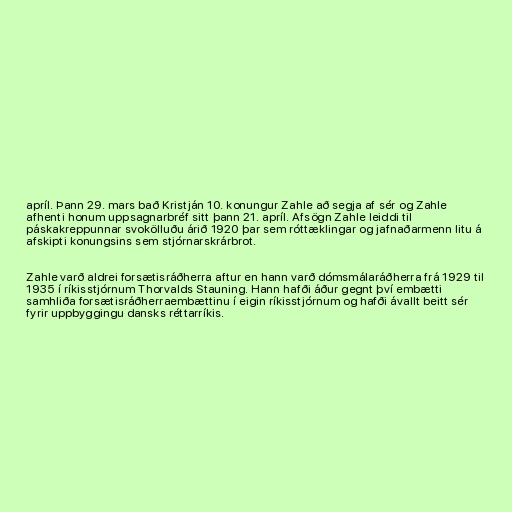
apríl. Þann 29. mars bað Kristján 10. konungur Zahle að segja af sér og Zahle
afhenti honum uppsagnarbréf sitt þann 21. apríl. Afsögn Zahle leiddi til
páskakreppunnar svokölluðu árið 1920 þar sem róttæklingar og jafnaðarmenn litu á
afskipti konungsins sem stjórnarskrárbrot.

Zahle varð aldrei forsætisráðherra aftur en hann varð dómsmálaráðherra frá 1929 til
1935 í ríkisstjórnum Thorvalds Stauning. Hann hafði áður gegnt því embætti
samhliða forsætisráðherraembættinu í eigin ríkisstjórnum og hafði ávallt beitt sér
fyrir uppbyggingu dansks réttarríkis.